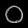
Digit: ၀